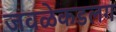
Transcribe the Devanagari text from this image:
जवळेकडलग